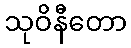
သုဝိနီတော